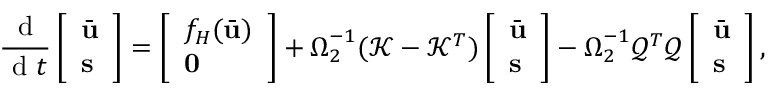
\frac { \mathrm { ~ d ~ } } { \mathrm { ~ d ~ } t } \left[ \begin{array} { l } { \bar { \mathbf { u } } } \\ { \mathbf { s } } \end{array} \right] = \left[ \begin{array} { l } { f _ { H } ( \bar { \mathbf { u } } ) } \\ { \mathbf { 0 } } \end{array} \right] + \boldsymbol { \Omega } _ { 2 } ^ { - 1 } ( \mathcal { K } - \mathcal { K } ^ { T } ) \left[ \begin{array} { l } { \bar { \mathbf { u } } } \\ { \mathbf { s } } \end{array} \right] - \boldsymbol { \Omega } _ { 2 } ^ { - 1 } \mathcal { Q } ^ { T } \mathcal { Q } \left[ \begin{array} { l } { \bar { \mathbf { u } } } \\ { \mathbf { s } } \end{array} \right] ,